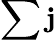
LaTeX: \sum\mathbf{j}